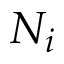
N _ { i }